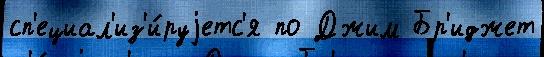
сп'ециал'из'и́руjетс'я по Джим Бр'иджет